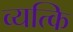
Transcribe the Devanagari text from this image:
व्यत्कि